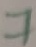
Text: 7